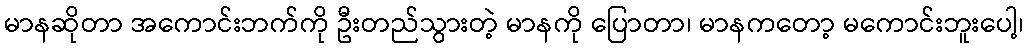
မာနဆိုတာ အကောင်းဘက်ကို ဦးတည်သွားတဲ့ မာနကို ပြောတာ၊ မာနကတော့ မကောင်းဘူးပေါ့၊